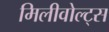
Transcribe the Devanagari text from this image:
मिलीवोल्ट्स